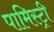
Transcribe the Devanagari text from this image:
पामिस्ट्री